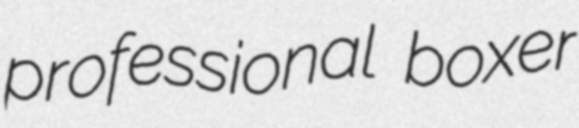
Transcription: professional boxer